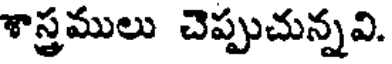
శాస్త్రములు చెప్పుచున్నవి.